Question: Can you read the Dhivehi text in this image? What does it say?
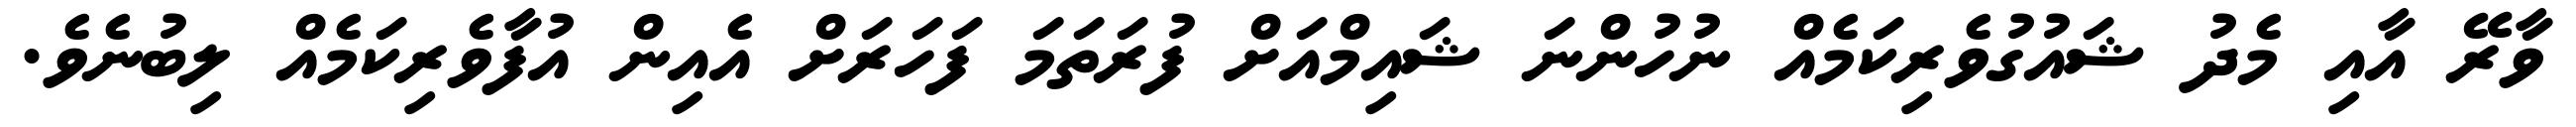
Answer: ވާރޭ އާއި މެދު ޝައުގުވެރިކަމެއް ނުހުންނަ ޝައިމްއަށް ފުރަތަމަ ފަހަރަށް އެއިން އުފާވެރިކަމެއް ލިބުނެވެ.